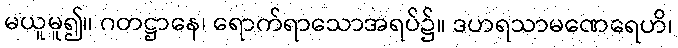
မယူမူ၍။ ဂတဋ္ဌာနေ၊ ရောက်ရာသောအရပ်၌။ ဒဟရသာမဏေရေဟိ၊